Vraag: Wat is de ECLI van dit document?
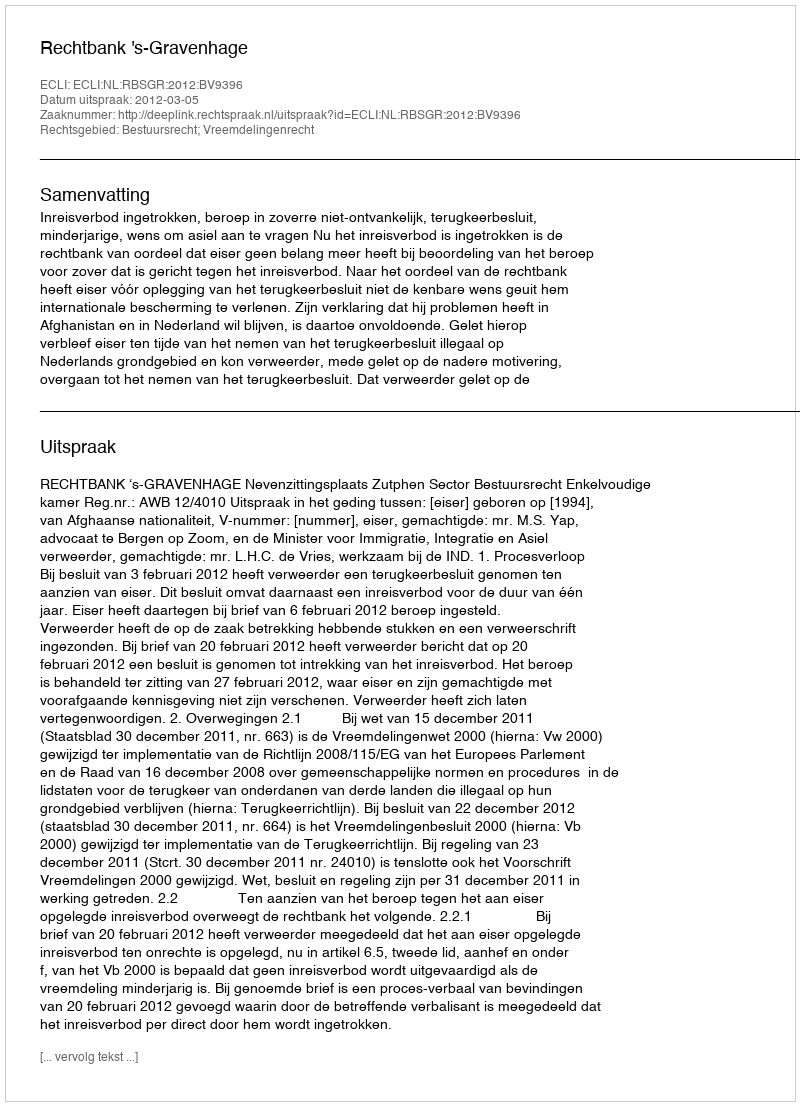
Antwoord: ECLI:NL:RBSGR:2012:BV9396